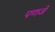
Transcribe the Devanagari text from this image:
पणजे